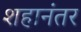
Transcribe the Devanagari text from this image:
शहानंतर